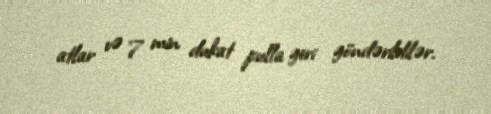
atlar və 7 min dukat pulla geri göndərildilər.